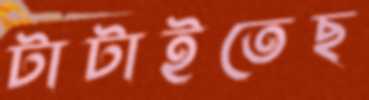
টাটাইতেছ